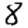
Digit: 8